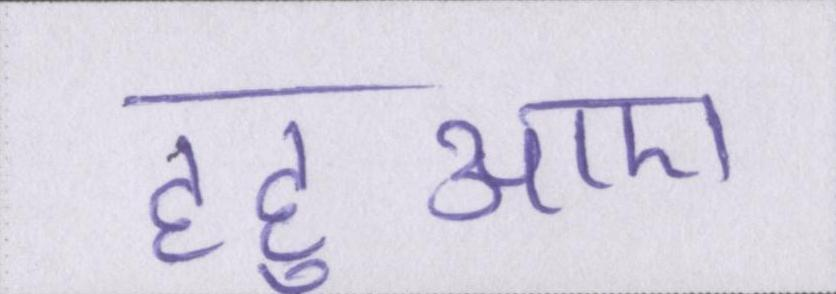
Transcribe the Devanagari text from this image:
हहुआए